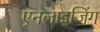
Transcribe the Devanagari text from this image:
एनलाइजिंग